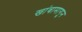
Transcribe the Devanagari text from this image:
खांबामागुन